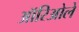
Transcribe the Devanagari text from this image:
ऑरिओले